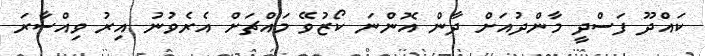
ކައްދޫ ފަސްދީ މާންދުއަށް ދާން އޮންނަ ކޯޒުވޭ މައްޗަށް އެރެވުނު އިރު ވިއްސާރަ